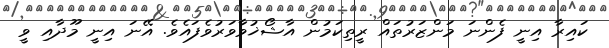
ކައިރާ އިނީ ފެންނަ މަންޒަރުތައް ރީތިކަމުން އާޝޯޚުވާވަރުވެފައެވެ. އޭނަ އިނީ މޫދާއި ވީ